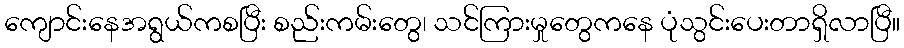
ကျောင်းနေအရွယ်ကစပြီး စည်းကမ်းတွေ၊ သင်ကြားမှုတွေကနေ ပုံသွင်းပေးတာရှိလာပြီ။